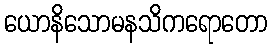
ယောနိသောမနသိကရောတော